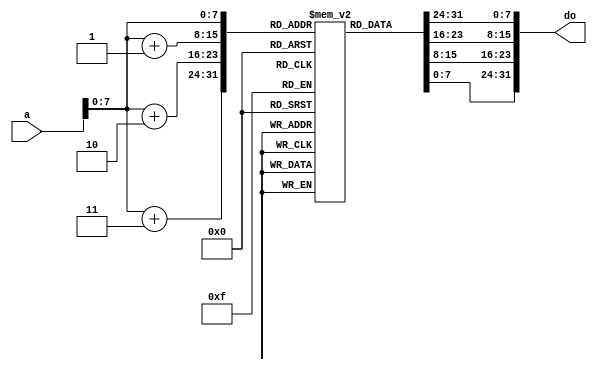
`timescale 1ns / 1ps
//////////////////////////////////////////////////////////////////////////////////
// Company: 
// Engineer: 
// 
// Design Name: 
// Module Name: instMem
// Project Name: 
// Target Devices: 
// Tool Versions: 
// Description: 
// 
// Dependencies: 
// 
// Revision:
// Revision 0.01 - File Created
// Additional Comments:
// 
//////////////////////////////////////////////////////////////////////////////////


module instMem(a,do);
    input [31:0] a;
    output reg [31:0] do;
    reg [7:0] instr [0:255];
    initial
    begin
    instr[100] = 8'b00000000;
    instr[101] = 8'b00100010;//$1 is register number 1,$2 is register number 2
    instr[102] = 8'b00011000;
    instr[103] = 8'b00100000;// add $3,$1,$2
    
    instr[104] = 8'b00000000;
    instr[105] = 8'b00000000;
    instr[106] = 8'b00000000;
    instr[107] = 8'b00000000;//do nothing, stall
    
    instr[108] = 8'b00000000;
    instr[109] = 8'b00000000;
    instr[110] = 8'b00000000;
    instr[111] = 8'b00000000;//do nothing,stall
    
    instr[112] = 8'b00000001;
    instr[113] = 8'b00100011;// rs = $9.rt = $3
    instr[114] = 8'b00100000;// rd = $4
    instr[115] = 8'b00100010;// sub $4,$9,$3
    
    instr[116] = 8'b00000000;
    instr[117] = 8'b01101001; 
    instr[118] = 8'b00101000; 
    instr[119] = 8'b00100101; //or $5,$3,$9
    
    instr[120] = 8'b00000000;
    instr[121] = 8'b01101001; 
    instr[122] = 8'b00110000; 
    instr[123] = 8'b00100110; //xor $6,$3,$9
    
    instr[124] = 8'b00000000;
    instr[125] = 8'b01101001; 
    instr[126] = 8'b00111000; 
    instr[127] = 8'b00100100; //and $7,$3,$9
    end
    always @(*) begin
    do ={instr[a],instr[a+1],instr[a+2],instr[a+3]};
    end
    
endmodule